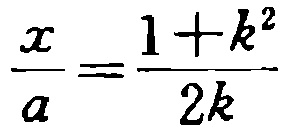
$\frac{x}{a}=\frac{1 + k^{2}}{2k}$